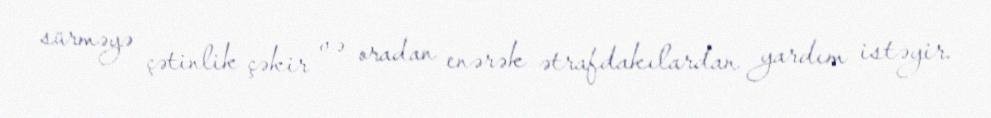
sürməyə çətinlik çəkir və oradan enərək ətrafdakılardan yardım istəyir.